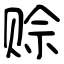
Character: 赊